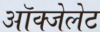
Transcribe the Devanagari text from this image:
ऑक्‍जेलेट